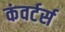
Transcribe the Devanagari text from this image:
कंवर्टर्स